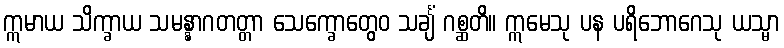
ဣမာယ သိက္ခာယ သမန္နာဂတတ္တာ သေက္ခောတွေဝ သင်္ချံ ဂစ္ဆတိ။ ဣမေသု ပန ပရိဘောဂေသု ယသ္မာ